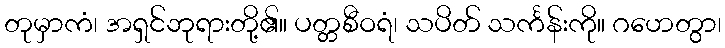
တုမှာကံ၊ အရှင်ဘုရားတို့၏။ ပတ္တစီဝရံ၊ သပိတ် သင်္ကန်းကို။ ဂဟေတွာ၊